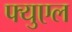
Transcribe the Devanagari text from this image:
फ्युएल